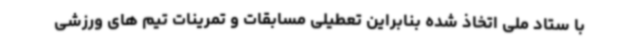
با ستاد ملی اتخاذ شده بنابراین تعطیلی مسابقات و تمرینات تیم های ورزشی